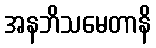
အနဘိသမေတာနိ